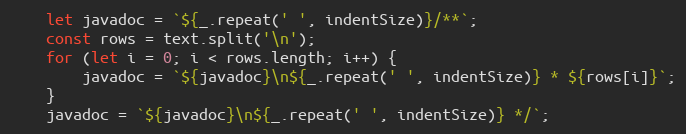
Language: JavaScript
    let javadoc = `${_.repeat(' ', indentSize)}/**`;
    const rows = text.split('\n');
    for (let i = 0; i < rows.length; i++) {
        javadoc = `${javadoc}\n${_.repeat(' ', indentSize)} * ${rows[i]}`;
    }
    javadoc = `${javadoc}\n${_.repeat(' ', indentSize)} */`;